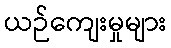
ယဉ်ကျေးမှုများ